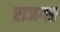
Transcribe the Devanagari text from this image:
राजगङ